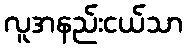
လူအနည်းငယ်သာ